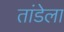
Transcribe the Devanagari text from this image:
तांडेला